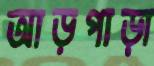
আড়পাড়া